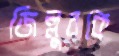
জিল্লুরকে